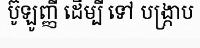
ប៊ូឡូញ្ញី ដើម្បី ទៅ បង្ក្រាប